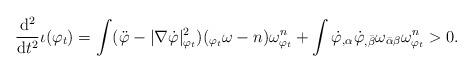
LaTeX: \begin{align*}\frac{\mathrm{d}^2 }{\mathrm{d}t^2} \iota(\varphi_t)= \int ( \ddot{\varphi} - |\nabla \dot{\varphi}|_{\varphi_t}^2) (_{\varphi_t}\omega -n) \omega_{\varphi_t}^n + \int \dot{\varphi}_{,\alpha}\dot{\varphi}_{,\bar{\beta}} \omega_{\bar{\alpha} \beta} \omega_{\varphi_t}^n >0.\end{align*}